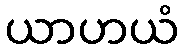
ယာဟယံ